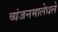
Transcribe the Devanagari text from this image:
व्यंजनमालेधले